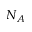
N _ { A }